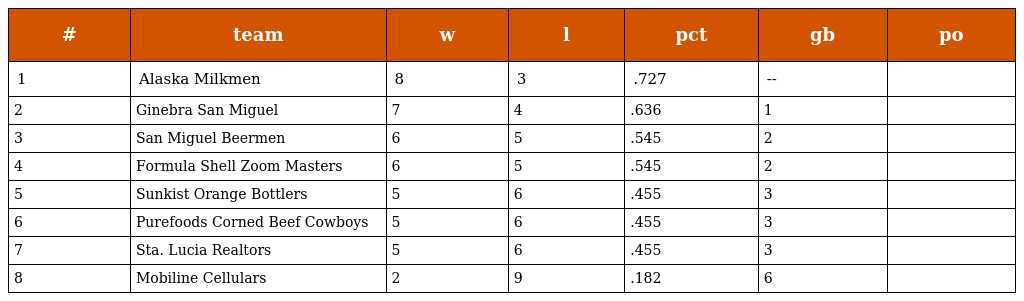
| # | team | w | l | pct | gb | po |
 | --- | --- | --- | --- | --- | --- | --- |
 | 1 | Alaska Milkmen | 8 | 3 | .727 | -- |  |
 | 2 | Ginebra San Miguel | 7 | 4 | .636 | 1 |  |
 | 3 | San Miguel Beermen | 6 | 5 | .545 | 2 |  |
 | 4 | Formula Shell Zoom Masters | 6 | 5 | .545 | 2 |  |
 | 5 | Sunkist Orange Bottlers | 5 | 6 | .455 | 3 |  |
 | 6 | Purefoods Corned Beef Cowboys | 5 | 6 | .455 | 3 |  |
 | 7 | Sta. Lucia Realtors | 5 | 6 | .455 | 3 |  |
 | 8 | Mobiline Cellulars | 2 | 9 | .182 | 6 |  |